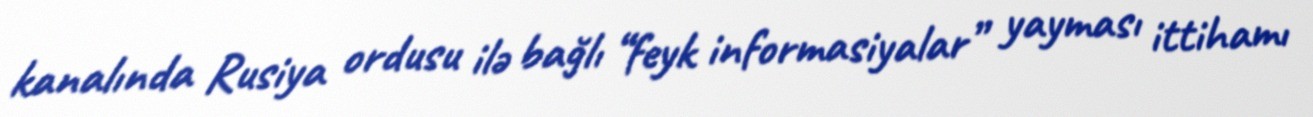
kanalında Rusiya ordusu ilə bağlı “feyk informasiyalar” yayması ittihamı